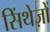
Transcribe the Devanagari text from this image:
सिंथेज़ों